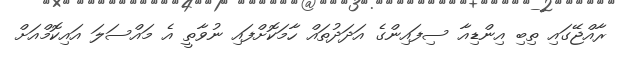
ރާއްޖޭގައި ތިބި އިންޑިއާ ސިފައިންގެ އަދަދުތައް ހާމަކޮށްފައި ނުވާތީ އެ މައްސަލަ އައިކޮމްއަށް